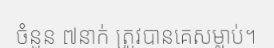
ចំនួន ៧នាក់ ត្រូវបានគេសម្លាប់។